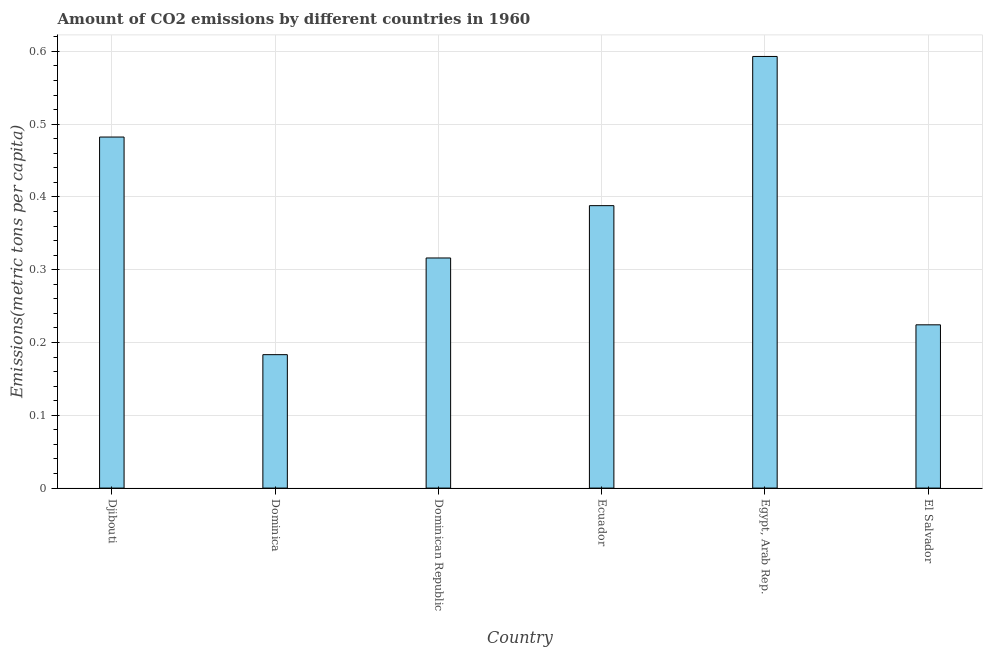
| Country | CO2 emissions |
 | --- | --- |
 | Djibouti | 0.482 |
 | Dominica | 0.183 |
 | Dominican Republic | 0.316 |
 | Ecuador | 0.388 |
 | Egypt, Arab Rep. | 0.593 |
 | El Salvador | 0.224 |